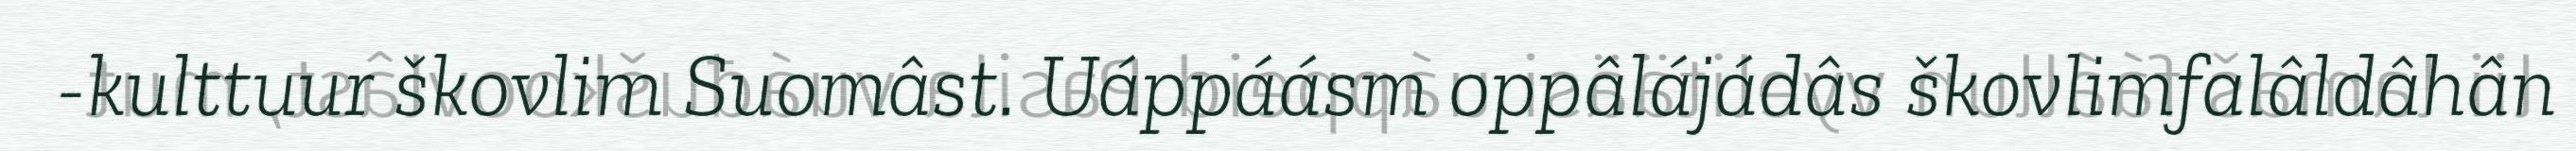
-kulttuur škovlim Suomâst. Uáppáásm oppâlájádâs škovlimfalâldâhân